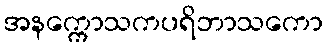
အနက္ကောသကပရိဘာသကော